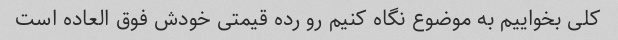
کلی بخواییم به موضوع نگاه کنیم رو رده قیمتی خودش فوق العاده است